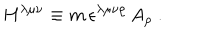
H ^ { \lambda \mu \nu } \equiv m \, \epsilon ^ { \lambda \mu \nu \rho } \, A _ { \rho } \ .